Malaria in the Andamans - Number 56
Disease focus: Malaria
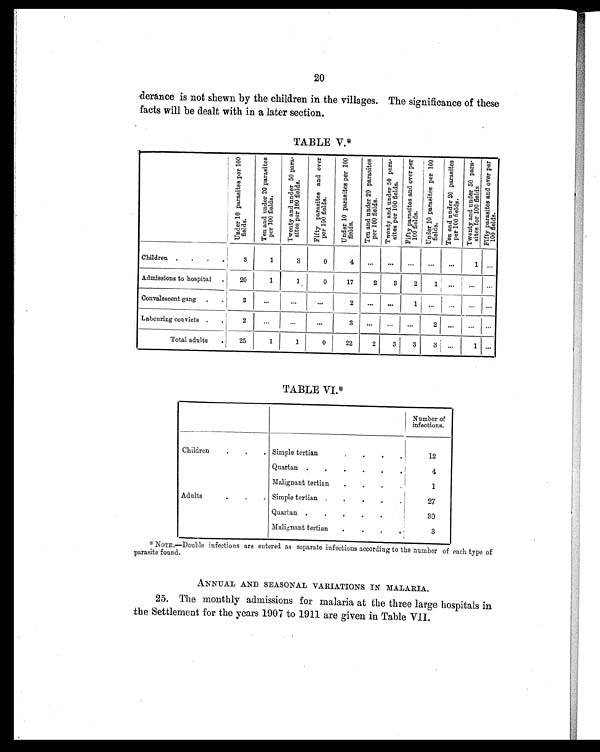
20
derance is not shewn by the children in the villages. The significance of these
facts will be dealt with in a later section.
TABLE V.*
U n d e r 1 0 p a r a s i t e s p e r 1 0 0
f i e l d s .
T e n a n d u n d e r 2 0 p a r a s i t e s
p e r 1 0 0 f i e l d s .
T w e n t y a n d u n d e r 5 0 p a r a -
s i t e s p e r 1 0 0 f i e l d s .
F i f t y p a r a s i t e s a n d o v e r
p e r 1 0 0 f i e l d s .
U n d e r 1 0 p a r a s i t e s p e r 1 0 0
f i e l d s .
T e n a n d u n d e r 2 0 p a r a s i t e s
p e r 1 0 0 f i e l d s .
T w e n t y a n d u n d e r 5 0 p a r a - s i t e s p e r 1 0 0 f i e l d s .
F i f t y p a r a s i t e s a n d o v e r
p e r 1 0 0 f i e l d s .
U n d e r 1 0 p a r a s i t e s p e r 1 0 0
f i e l d s .
T e n a n d u n d e r 2 0 p a r a s i t e s
p e r 1 0 0 f i e l d s .
T w e n t y a n d u n d e r 5 0 p a r a - s i t e s f o r 1 0 0 f i e l d s .
F i f t y p a r a s i t e s a n d o v e r
p e r 1 0 0 f i e l d s .
Children .
. .
3
1
3
0
4
...
...
...
...
...
1
...
Admissions to hospital
.
20
1
1
0
17
2
3
2
1
...
...
...
Convalescent gang
.
.
3
...
...
...
2
...
...
1
...
...
... ...
Labouring convicts .
.
2
...
...
...
3
...
...
...
2
...
...
...
Total adults
.
25
1
1
0
22
2
3
3
3
...
1
...
TABLE VI.*
Number of
infections.
Children
.
.
. Simple tertian
.
.
12
Quartan .
.
.
.
.
4
Malignant tertian
.
.
.
.
1
Adults
.
.
. Simple tertian .
.
.
.
.
27
Quartan .
.
.
.
.
30
Malignant tertian
.
. . 3
* NOTE.—Double infections are entered as separate infections according to the number of each type of
parasite found.
ANNUAL AND SEASONAL VARIATIONS IN MALARIA.
25. The monthly admissions for malaria at the three large hospitals in
the Settlement for the years 1907 to 1911 are given in Table VII.